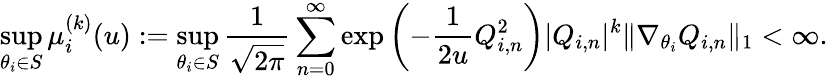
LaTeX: \operatorname*{sup}_{\theta_{i}\in S}\mu_{i}^{(k)}(u):=\operatorname*{sup}_{\theta_{i}\in S}\frac{1}{\sqrt{2\pi}}\sum_{n=0}^{\infty}\exp\left(-\frac{1}{2u}Q_{i,n}^{2}\right)|Q_{i,n}|^{k}\| \nabla_{\theta_{i}}Q_{i,n}\| _{1}<\infty.